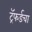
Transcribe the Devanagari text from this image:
ट्रॅफर्डचा